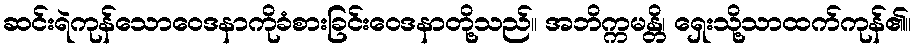
ဆင်းရဲကုန်သောဝေဒနာကိုခံစားခြင်းဝေဒနာတို့သည်။ အဘိက္ကမန္တိ၊ ရှေးသို့သာထက်ကုန်၏။